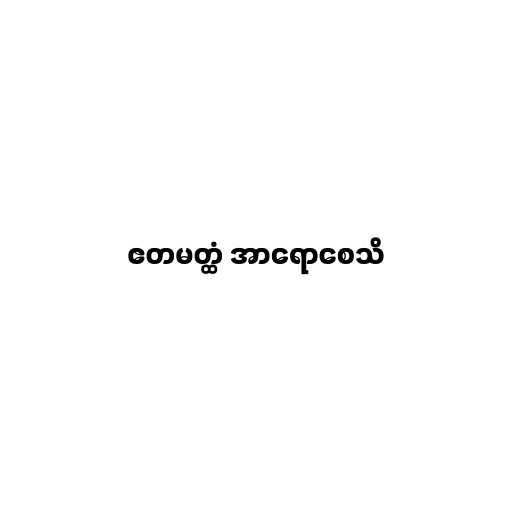
ဧတမတ္ထံ အာရောစေသိ